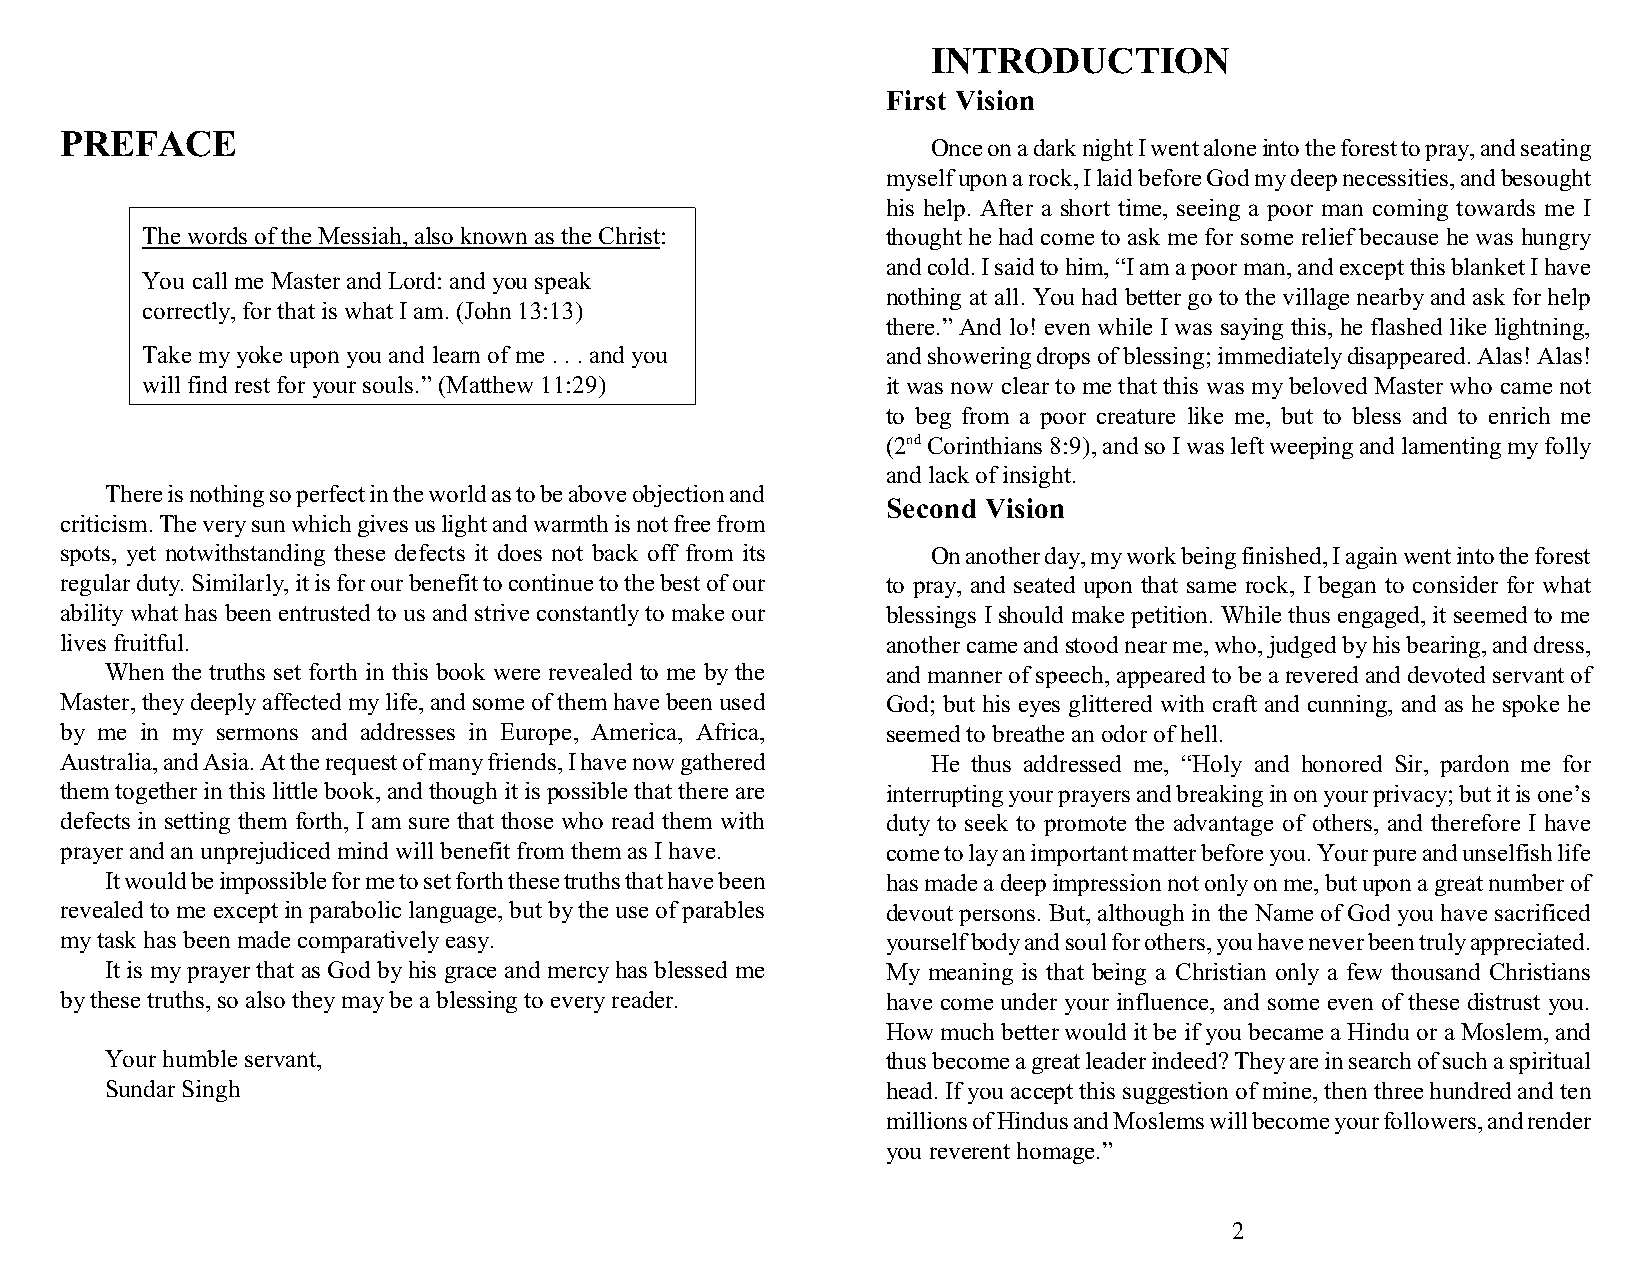
INTRODUCTION
 First Vision
 PREFACE
 Once on a dark night I went alone into the forest to pray, and seating
 myself upon a rock, I laid before God my deep necessities, and besought
 his help. After a short time, seeing a poor man coming towards me I
 The words of the Messiah, also known as the Christ: thought he had come to ask me for some relief because he was hungry
 and cold. I said to him, “I am a poor man, and except this blanket I have
 You call me Master and Lord: and you speak
 nothing at all. You had better go to the village nearby and ask for help
 correctly, for that is what I am. (John 13:13)
 there.” And lo! even while I was saying this, he flashed like lightning,
 Take my yoke upon you and learn of me . . . and you and showering drops of blessing; immediately disappeared. Alas! Alas!
 will find rest for your souls.” (Matthew 11:29)   it was now clear to me that this was my beloved Master who came not
 to beg from a poor creature like me, but to bless and to enrich me
 (2nd Corinthians 8:9), and so I was left weeping and lamenting my folly
 and lack of insight.
 There is nothing so perfect in the world as to be above objection and
 Second Vision
 criticism. The very sun which gives us light and warmth is not free from
 spots, yet notwithstanding these defects it does not back off from its On another day, my work being finished, I again went into the forest
 regular duty. Similarly, it is for our benefit to continue to the best of our to pray, and seated upon that same rock, I began to consider for what
 ability what has been entrusted to us and strive constantly to make our blessings I should make petition. While thus engaged, it seemed to me
 lives fruitful.                                        another came and stood near me, who, judged by his bearing, and dress,
 When the truths set forth in this book were revealed to me by the and manner of speech, appeared to be a revered and devoted servant of
 Master, they deeply affected my life, and some of them have been used God; but his eyes glittered with craft and cunning, and as he spoke he
 by me in my sermons and addresses in Europe, America, Africa, seemed to breathe an odor of hell.
 Australia, and Asia. At the request of many friends, I have now gathered He thus addressed me, “Holy and honored Sir, pardon me for
 them together in this little book, and though it is possible that there are interrupting your prayers and breaking in on your privacy; but it is one’s
 defects in setting them forth, I am sure that those who read them with duty to seek to promote the advantage of others, and therefore I have
 prayer and an unprejudiced mind will benefit from them as I have. come to lay an important matter before you. Your pure and unselfish life
 It would be impossible for me to set forth these truths that have been has made a deep impression not only on me, but upon a great number of
 revealed to me except in parabolic language, but by the use of parables devout persons. But, although in the Name of God you have sacrificed
 my task has been made comparatively easy.              yourself body and soul for others, you have never been truly appreciated.
 It is my prayer that as God by his grace and mercy has blessed me My meaning is that being a Christian only a few thousand Christians
 by these truths, so also they may be a blessing to every reader. have come under your influence, and some even of these distrust you.
 How much better would it be if you became a Hindu or a Moslem, and
 Your humble servant,                                thus become a great leader indeed? They are in search of such a spiritual
 Sundar Singh                                        head. If you accept this suggestion of mine, then three hundred and ten
 millions of Hindus and Moslems will become your followers, and render
 you reverent homage.”
 2